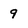
Character: 9